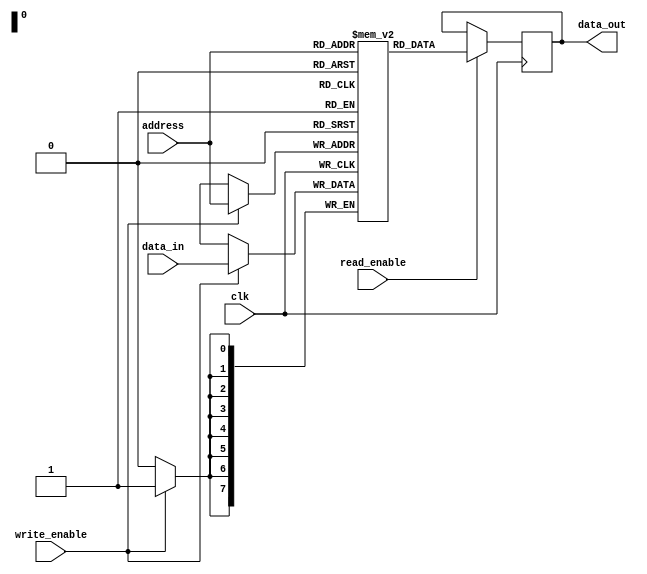
module memory_block (
  input wire clk,
  input wire write_enable,
  input wire read_enable,
  input wire [7:0] address,
  input wire [7:0] data_in,
  output reg [7:0] data_out
);

reg [7:0] memory [0:255]; // 256 memory locations, each with 8 bits

always @(posedge clk) begin
  if (write_enable) begin
    memory[address] <= data_in;
  end

  if (read_enable) begin
    data_out <= memory[address];
  end
end

endmodule